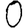
Digit: 0